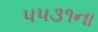
૫૫૩૧ના